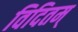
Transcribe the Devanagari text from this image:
विदितम्